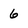
Character: 6